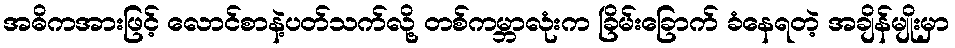
အဓိကအားဖြင့် လောင်စာနဲ့ပတ်သက်လို့ တစ်ကမ္ဘာလုံးက ခြိမ်းခြောက် ခံနေရတဲ့ အချိန်မျိုးမှာ